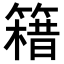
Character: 𥳯